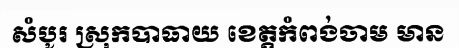
សំបូរ ស្រុកបាធាយ ខេត្តកំពង់ចាម មាន